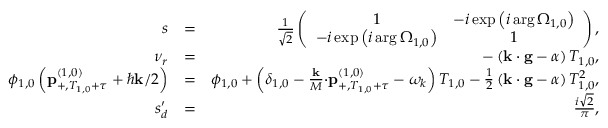
\begin{array} { r l r } { s } & { = } & { \frac { 1 } { \sqrt { 2 } } \left( \begin{array} { c c } { 1 } & { - i \exp \left( i \arg \Omega _ { 1 , 0 } \right) } \\ { - i \exp \left( i \arg \Omega _ { 1 , 0 } \right) } & { 1 } \end{array} \right) , } \\ { \nu _ { r } } & { = } & { - \left( \mathbf { k \cdot g } - \alpha \right) T _ { 1 , 0 } , } \\ { \phi _ { 1 , 0 } \left( \mathbf { p } _ { + , T _ { 1 , 0 } + \tau } ^ { \left( 1 , 0 \right) } + \hbar \mathbf { k } / 2 \right) } & { = } & { \phi _ { 1 , 0 } + \left( \delta _ { 1 , 0 } - \frac { \mathbf { k } } { M } \mathbf { \cdot p } _ { + , T _ { 1 , 0 } + \tau } ^ { \left( 1 , 0 \right) } - \omega _ { k } \right) T _ { 1 , 0 } - \frac { 1 } { 2 } \left( \mathbf { k \cdot g } - \alpha \right) T _ { 1 , 0 } ^ { 2 } , } \\ { s _ { d } ^ { \prime } } & { = } & { \frac { i \sqrt { 2 } } { \pi } , } \end{array}